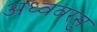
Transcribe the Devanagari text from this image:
अध्ववरसु